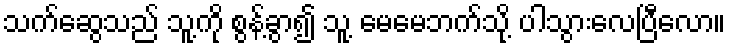
သက်ဆွေသည် သူ့ကို စွန့်ခွာ၍ သူ့ မေမေဘက်သို့ ပါသွားလေပြီလော။